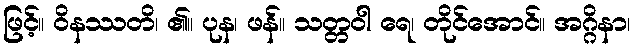
ဖြင့်။ ဝိနဿတိ၊ ၏။ ပုန၊ ဖန်။ သတ္တဝါ ရေ၊ တိုင်အောင်။ အဂ္ဂိနာ၊